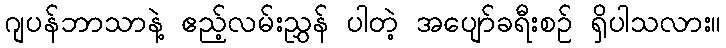
ဂျပန်ဘာသာနဲ့ ဧည့်လမ်းညွှန် ပါတဲ့ အပျော်ခရီးစဉ် ရှိပါသလား။